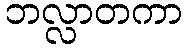
ဘလ္လာတကာ